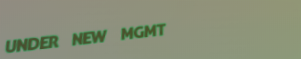
UNDER NEW MGMT